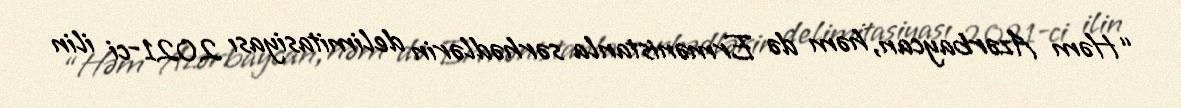
“Həm Azərbaycan, həm də Ermənistanla sərhədlərin delimitasiyası 2021-ci ilin